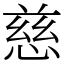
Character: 慈